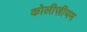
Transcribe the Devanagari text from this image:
कोलीज़ीयम